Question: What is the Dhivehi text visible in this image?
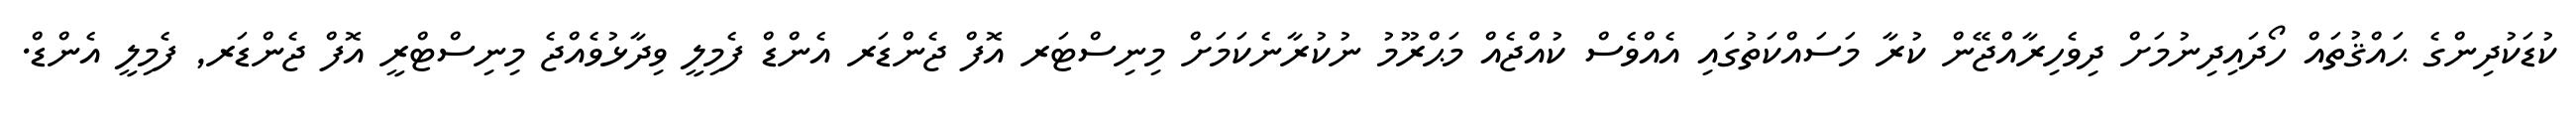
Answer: ކުޑަކުދިންގެ ޙައްޤުތައް ހޯދައިދިނުމަށް ދިވެހިރާއްޖޭން ކުރާ މަސައްކަތުގައި އެއްވެސް ކުއްޖެއް މަޙްރޫމު ނުކުރާނެކަމަށް މިނިސްޓަރ އޮފް ޖެންޑަރ އެންޑް ފެމިލީ ވިދާޅުވެއްޖެ މިނިސްޓްރީ އޮފް ޖެންޑަރ, ފެމިލީ އެންޑް.